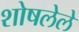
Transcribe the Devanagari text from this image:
शोषलेले